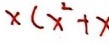
x ( x ^ { 2 } + x